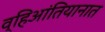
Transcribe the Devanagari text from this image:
व्हिआंतियानात